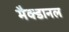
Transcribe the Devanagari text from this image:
मैक्डानल